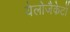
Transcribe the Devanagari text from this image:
येलोजैकेटों